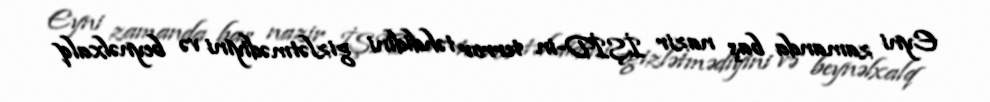
Eyni zamanda baş nazir İŞİD-in terror təhdidini gizlətmədiyini və beynəlxalq